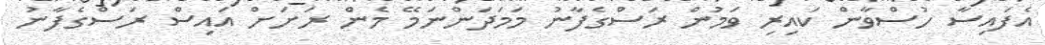
އެފައިސާ ހުސްވާން ކައިރި ވަމުން ރަސްގެފާނު މަމަދަންނަމޭ މެން ރަށަށް އައިސް ރަސްގެފާނު